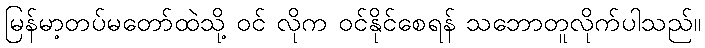
မြန်မာ့တပ်မတော်ထဲသို့ ဝင် လိုက ဝင်နိုင်စေရန် သဘောတူလိုက်ပါသည်။